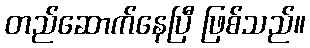
တည်ဆောက်နေပြီ ဖြစ်သည်။